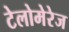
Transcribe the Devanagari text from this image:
टेलोमेरेज